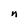
Character: n